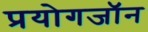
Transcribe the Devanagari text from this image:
प्रयोगजॉन